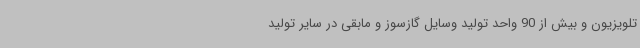
تلویزیون و بیش از 90 واحد تولید وسایل گازسوز و مابقی در سایر تولید